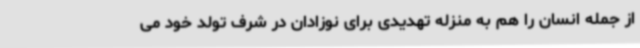
از جمله انسان را هم به منزله تهدیدی برای نوزادان در شرف تولد خود می